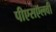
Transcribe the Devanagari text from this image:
पीएसऍलवी